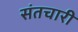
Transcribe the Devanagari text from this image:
संतचारी